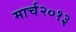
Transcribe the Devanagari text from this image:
मार्च२०१३